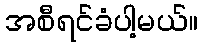
အစီရင်ခံပါ့မယ်။